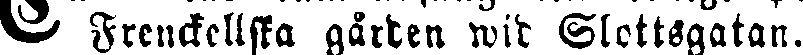
E Frenckellska gården wid Slottsgatan.